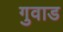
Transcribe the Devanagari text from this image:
गुवाड